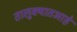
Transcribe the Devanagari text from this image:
तालुक्यातआहे